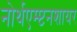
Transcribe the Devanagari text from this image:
नोर्थएम्प्टनशायर